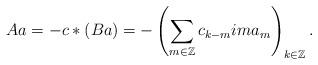
LaTeX: \begin{align*}Aa=-c*(Ba)=-\left(\sum_{m\in\mathbb{Z}}c_{k-m}ima_m\right)_{k\in\mathbb{Z}}.\end{align*}